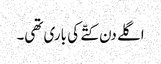
اگلے دن کتّے کی باری تھی۔